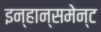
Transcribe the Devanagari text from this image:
इन्हान्समेन्ट